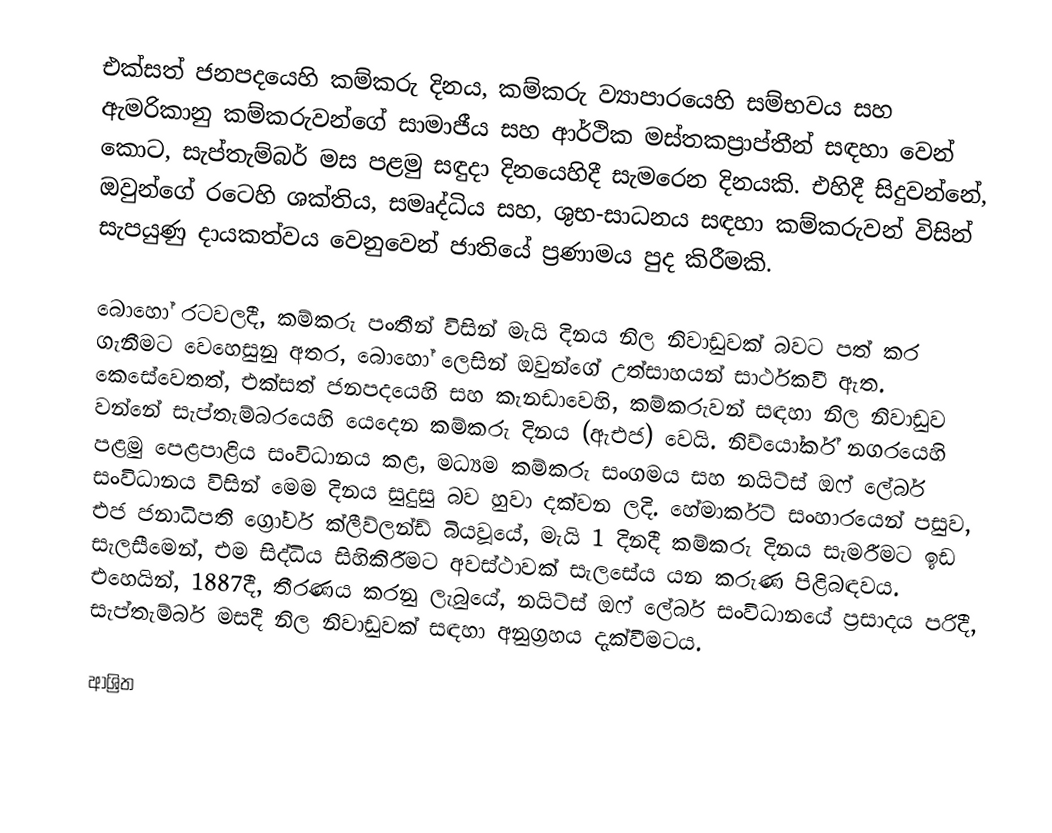
එක්සත් ජනපදයෙහි  කම්කරු දිනය, කම්කරු ව්‍යාපාරයෙහි සම්භවය සහ ඇමරිකානු කම්කරුවන්ගේ සාමාජීය සහ ආර්ථික මස්තකප්‍රාප්තීන් සඳහා වෙන් කොට,  සැප්තැම්බර් මස පළමු සඳුදා දිනයෙහිදී සැමරෙන දිනයකි. එහිදී සිදුවන්නේ, ඔවුන්ගේ රටෙහි ශක්තිය, සමෘද්ධිය සහ, ශුභ-සාධනය සඳහා කම්කරුවන් විසින් සැපයුණු දායකත්වය වෙනුවෙන් ජාතියේ ප්‍රණාමය පුද කිරීමකි.

බොහෝ රටවලදී, කම්කරු පංතීන් විසින්  මැයි දිනය නිල නිවාඩුවක් බවට පත් කර ගැනීමට වෙහෙසුනු අතර, බොහෝ ලෙසින් ඔවුන්ගේ උත්සාහයන් සාර්ථකවී ඇත. කෙසේවෙතත්, එක්සත් ජනපදයෙහි සහ කැනඩාවෙහි, කම්කරුවන් සඳහා නිල නිවාඩුව වන්නේ සැප්තැම්බරයෙහි යෙදෙන කම්කරු දිනය (ඇඑජ)  වෙයි. නිව්යෝර්ක් නගරයෙහි පළමු පෙළපාළිය සංවිධානය කළ, මධ්‍යම කම්කරු සංගමය සහ නයිට්ස් ඔෆ් ලේබර් සංවිධානය විසින් මෙම දිනය සුදුසු බව හුවා දක්වන ලදි. හේමාර්කට් සංහාරයෙන් පසුව, එජ ජනාධිපති ග්‍රෝවර් ක්ලීව්ලන්ඩ් බියවූයේ, මැයි 1 දිනදී කම්කරු දිනය සැමරීමට ඉඩ සැලසීමෙන්, එම සිද්ධිය සිහිකිරීමට අවස්ථාවක් සැලසේය යන කරුණ පිළිබඳවය. එහෙයින්, 1887දී, තීරණය කරනු ලැබුයේ,  නයිට්ස් ඔෆ් ලේබර් සංවිධානයේ ප්‍රසාදය පරිදී, සැප්තැම්බර් මසදී නිල නිවාඩුවක් සඳහා අනුග්‍රහය දැක්වීමටය.

ආශ්‍රිත